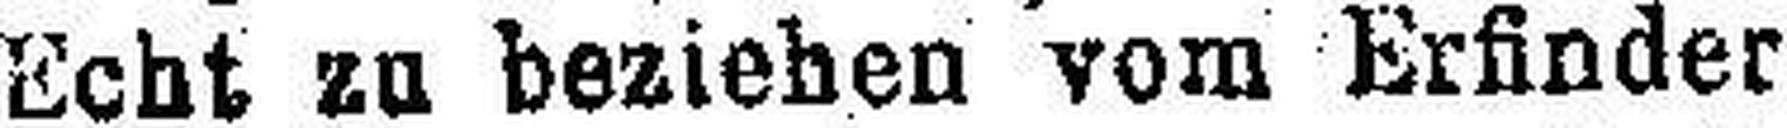
Echt zu beziehen vom Erfinder